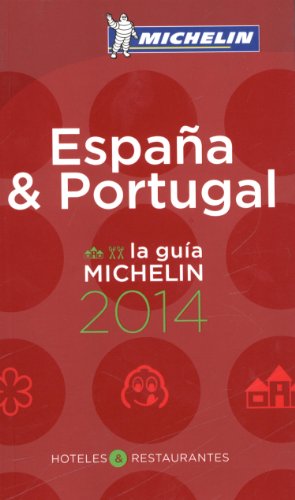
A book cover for MICHELIN Guide EspaÃ±a/Portugal 2014 (Michelin Guide/Michelin); Michelin; Travel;